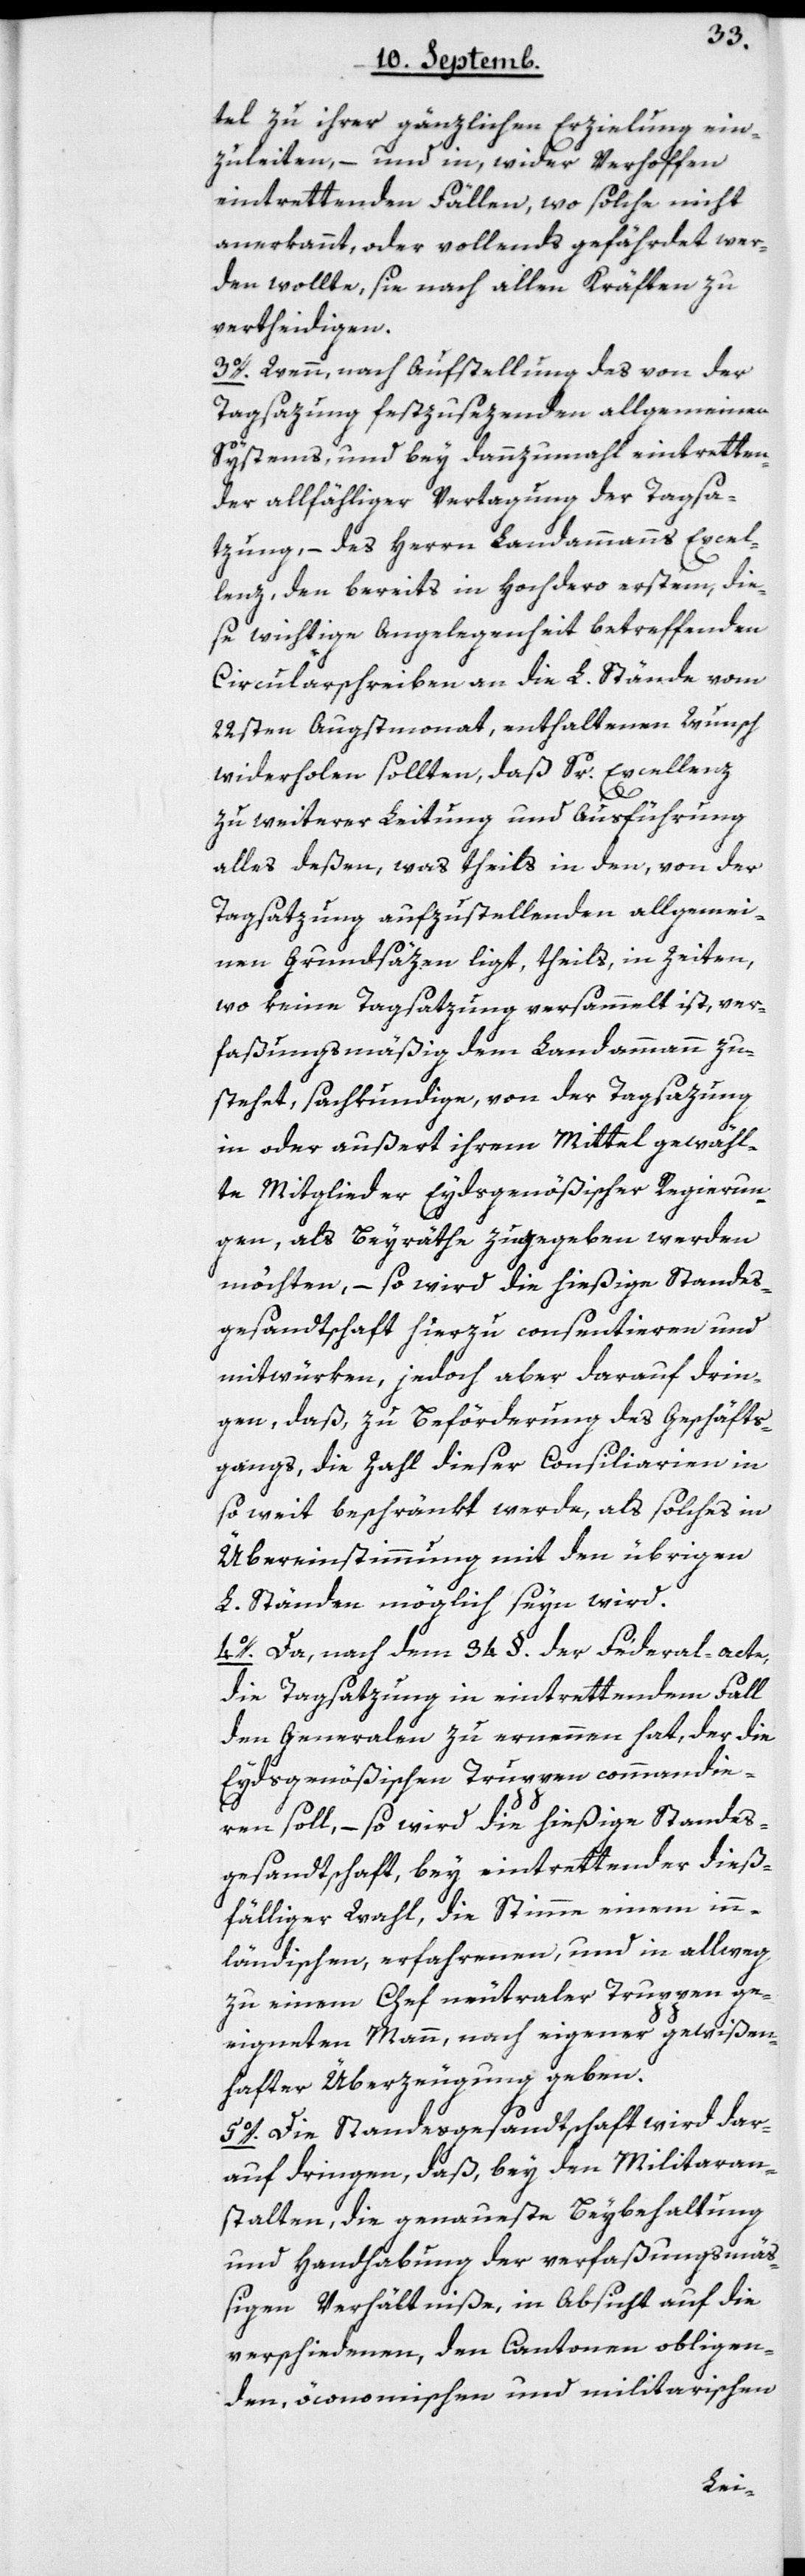
tel zu ihrer gänzlichen Erzielung ein¬
zuleiten, – und in, wider Verhoffen
eintrettenden Fällen, wo solche nicht
anerkannt, oder vollends gefährdet wer¬
den wollte, sie nach allen Kräften zu
vertheidigen.
3o. Wenn, nach Aufstellung des von der
Tagsazung festzusezende allgemeine
Systems, und bey dannzumahl eintretten¬
der allfähliger Vertagung der Tagsa¬
tzung, – des Herrn Landammanns Excel¬
lenz, den bereits in hochdero erstem, die¬
se wichtige Angelegenheit betreffenden
Circularschreiben an die L. Stände vom
22sten Augstmonat, enthaltenen Wunsch
widerholen sollten, daß Sr. Excellenz
zu weiterer Leitung und Ausführung
alles deßen, was theils in den, von der
Tagsatzung aufzustellenden allgemei¬
nen Grundsätzen liegt, theils in Zeiten,
wo keine Tagsatzung versammelt ist, ver¬
faßungsmäßig dem Landammann zu¬
stehet, sachkundige, von der Tagsazung
in oder außert ihrem Mittel gewähl¬
te Mitglieder Eydsgenößischer Regierun¬
gen, als Beyräthe zugegeben werden
möchten, – so wird die hießige Standes¬
gesandtschaft hierzu consentieren und
mitwürken, jedoch aber darauf drin¬
gen, daß, zu Beförderung des Geschäfts¬
gangs, die Zahl dieser Consiliarien in
so weit beschränkt werde, als solches in
Übereinstimmung mit den übrigen
L. Ständen möglich seyn wird.
4o. Da, nach dem 34 §. der Federal-acte,
die Tagsatzung in eintrettendem Fall
den Generalen zu ernennen hat, der die
Eydsgenößischen Truppen commandie¬
ren soll, – so wird die hießige Standes¬
gesandtschaft bey eintrettender dieß¬
fälliger Wahl, die Stimme einem inn¬
ländischen, erfahrnen und in allweg
zu einem Chef neutraler Truppen ge¬
eigneten Mann, nach eigener gewißen¬
hafter Überzeugung geben.
5o. Die Standesgesandtschaft wird dar¬
auf dringen, daß bey den Militaran¬
stalten die genaueste Beybehaltung
und Handhabung der verfaßungsmäß¬
igen Verhältniße, in Absicht auf die
verschiedenen, den Cantonen obliegen¬
den, öconomischen und militarischen